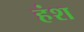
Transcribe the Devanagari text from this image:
हंश